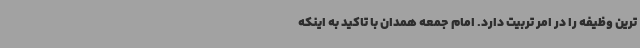
ترین وظیفه را در امر تربیت دارد. امام جمعه همدان با تاکید به اینکه